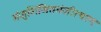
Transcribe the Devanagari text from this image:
मंजुशिंजितमंजीरचरणः